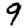
Digit: 9